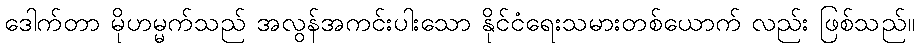
ဒေါက်တာ မိုဟမ္မက်သည် အလွန်အကင်းပါးသော နိုင်ငံရေးသမားတစ်ယောက် လည်း ဖြစ်သည်။